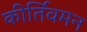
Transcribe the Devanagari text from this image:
कीर्तिवर्मन